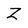
Character: Z